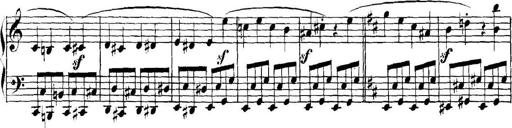
Title: Collected Piano Sonatas
Composer: Muzio Clementi